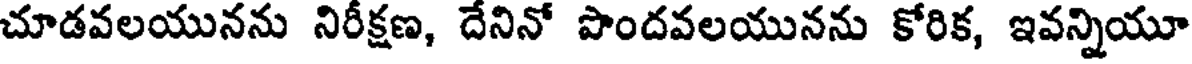
చూడవలయునను నిరీక్షణ, దేనినో పొందవలయునను కోరిక, ఇవన్నియూ